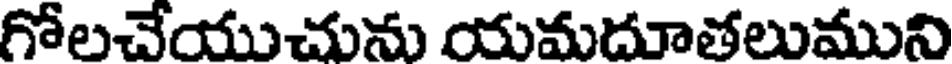
గోలచేయుచును యమదూతలుముని